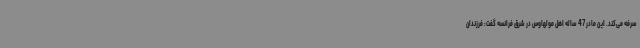
سرفه می‌کند. این مادر 47 ساله اهل مولهاوس در شرق فرانسه گفت: فرزندان